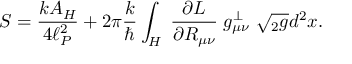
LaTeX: S = { \frac { k A _ { H } } { 4 \ell _ { P } ^ { 2 } } } + 2 \pi { \frac { k } { \hbar } } \int _ { H } \; { \frac { \partial { \cal L } } { \partial R _ { \mu \nu } } } \; g _ { \mu \nu } ^ { \perp } \; \sqrt { { } _ { 2 } g } d ^ { 2 } x .